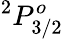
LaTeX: ^2P_{3/2}^{o}